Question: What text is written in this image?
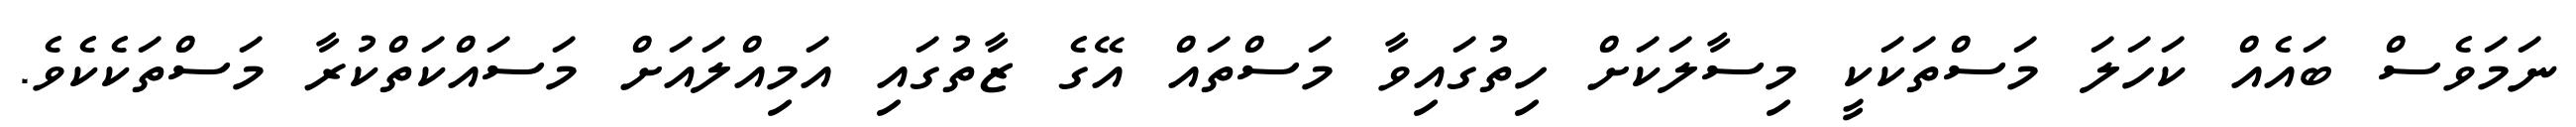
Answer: ނަމަވެސް ބައެއް ކަހަލަ މަސްތަކަކީ މިސާލަކަށް ހިތުގައިވާ މަސްތައް އޭގެ ޒާތުގައި އަމިއްލައަށް މަސައްކަތްކުރާ މަސްތަކެކެވެ.